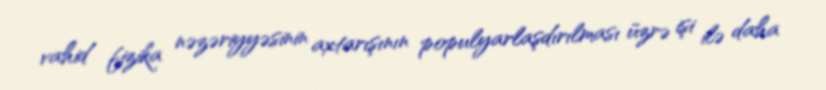
vahid fizika nəzəriyyəsinin axtarışının populyarlaşdırılması üzrə işi ilə daha